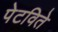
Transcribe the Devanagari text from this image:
पेटविते